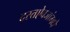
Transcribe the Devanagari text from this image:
दस्तऐवजांमधे